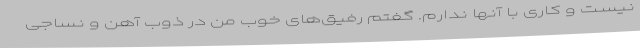
نیست و کاری با آنها ندارم. گفتم رفیق‌های خوب من در ذوب آهن و نساجی